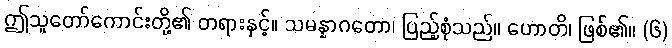
ဤသူတော်ကောင်းတို့၏ တရားနှင့်။ သမန္နာဂတော၊ ပြည့်စုံသည်။ ဟောတိ၊ ဖြစ်၏။ (၆)